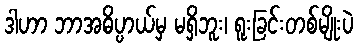
ဒါဟာ ဘာအဓိပ္ပာယ်မှ မရှိဘူး၊ ရူးခြင်းတစ်မျိုးပဲ